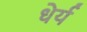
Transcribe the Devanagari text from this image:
धेर्य